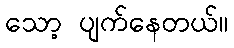
သော့ ပျက်နေတယ်။